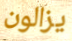
يزالون